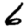
Digit: 6